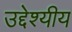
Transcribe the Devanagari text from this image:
उद्देश्यीय